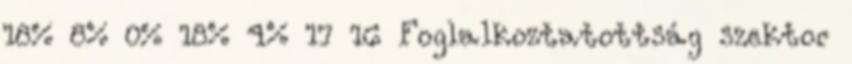
18% 8% 0% 18% 4% 17 16 Foglalkoztatottság szektor